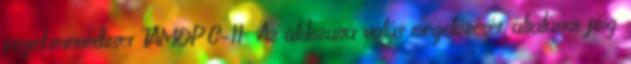
projektmenedzser TÁMOP C-11 Az áldozattá válás megelőzését. általános főig.